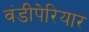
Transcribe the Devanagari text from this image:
वंडीपेरियार